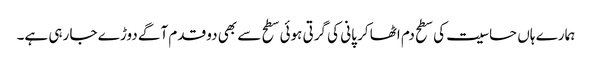
ہمارے ہاں حساسیت کی سطح دم اٹھا کر پانی کی گرتی ہوئی سطح سے بھی دو قدم آگے دوڑے جا رہی ہے۔